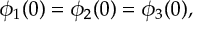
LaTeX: \phi _ { 1 } ( 0 ) = \phi _ { 2 } ( 0 ) = \phi _ { 3 } ( 0 ) ,